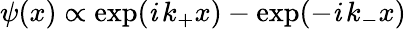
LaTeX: \psi(x)\propto\exp(\mathit{i}\, k_{+}x)-\exp(-\mathit{i}\, k_{-}x)